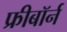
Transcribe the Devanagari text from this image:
फ्रीबॉर्न